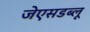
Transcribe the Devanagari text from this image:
जेएसडब्लू